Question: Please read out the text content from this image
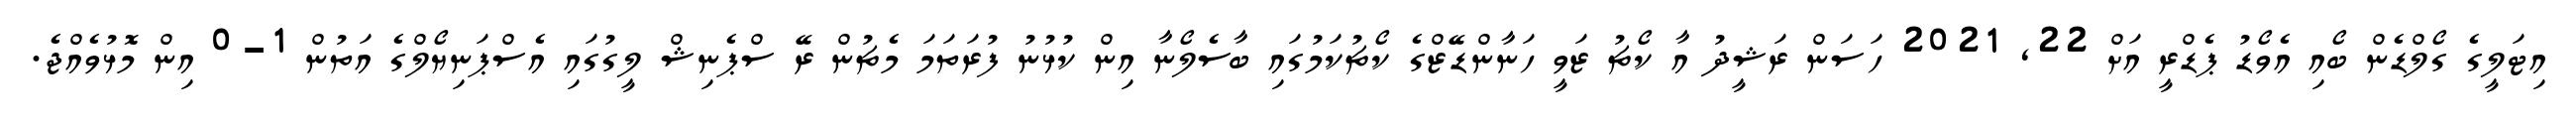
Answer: އިޓަލީގެ ގޯލްޑެން ބޯއި އެވޯޑު ޕެޑްރީ އަށް 22, 2021 ހަސަން ރަޝީދު އާ ކޯޗު ޒަވީ ހަނާންޑޭޒްގެ ކޯޗުކަމުގައި ބާސެލޯނާ އިން ކުޅުނު ފުރަތަމަ މެޗުން ރޭ ސްޕެނިޝް ލީގުގައި އެސްޕަނިޔޯލްގެ އަތުން 1-0 އިން މޮޅުވެއްޖެ.